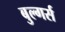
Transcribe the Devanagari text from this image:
बुल्गर्स